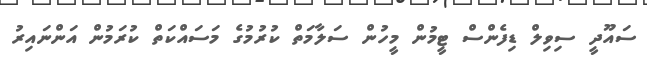
ސައޫދީ ސިވިލް ޑިފެންސް ޓީމުން މީހުން ސަލާމަތް ކުރުމުގެ މަސައްކަތް ކުރަމުން އަންނައިރު